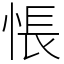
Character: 悵